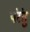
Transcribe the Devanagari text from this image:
पंरंतु